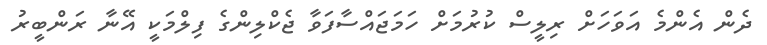
ދެން އެންމެ އަވަހަށް ރިލީސް ކުރުމަށް ހަމަޖައްސާފަވާ ޖެކްލިންގެ ފިލްމަކީ އޭނާ ރަންބީރު